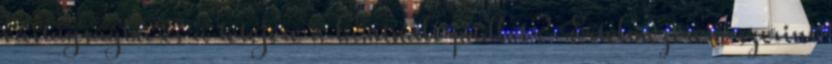
vastagságba és a tetejére a laminált padlót? Értelmezésem szerint